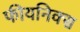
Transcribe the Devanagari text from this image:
फीयनिक्स